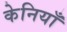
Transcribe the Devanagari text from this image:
केनियाँ